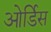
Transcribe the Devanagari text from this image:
ओर्डिस